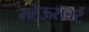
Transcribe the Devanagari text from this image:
महेऊरॉबर्ट